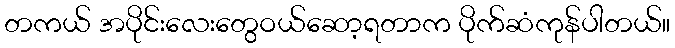
တကယ် အပိုင်းလေးတွေဝယ်ဆော့ရတာက ပိုက်ဆံကုန်ပါတယ်။